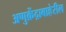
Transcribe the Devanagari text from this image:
अणुक्रेंद्राबाहेरील